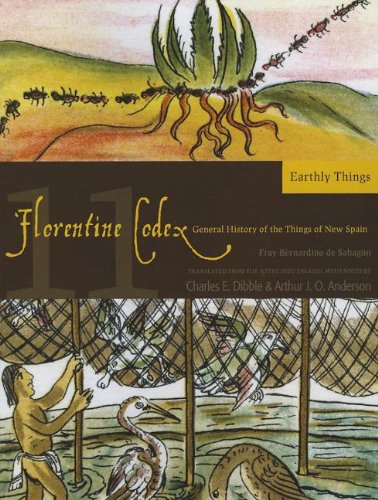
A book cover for Florentine Codex: Book 11: Book 11: Earthly Things (Monographs of the School of American Re); Bernardino de Sahagun; History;